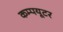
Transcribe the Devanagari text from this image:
कम्‍पयूटर